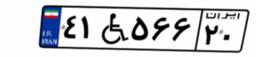
۳۴W۳۸۳۶۶